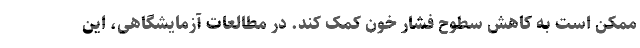
ممکن است به کاهش سطوح فشار خون کمک کند. در مطالعات آزمایشگاهی، این